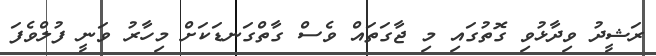
ރަޝީދު ވިދާޅުވި ގޮތުގައި މި ޖާގަތައް ވެސް ގާތްގަނޑަކަށް މިހާރު ވަނީ ފުލްވެފަ